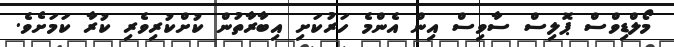
މޯލްޑިވްސް ޕޮލިސް ސާވިސް އިން އެންމެ ހަރުކަށި އިބާރާތުން ކުށްކުރިވެރި ކުރާ ކަމަށެވެ.